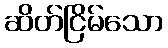
ဆိတ်ငြိမ်သော